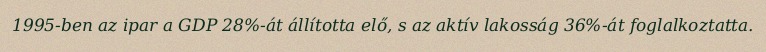
1995-ben az ipar a GDP 28%-át állította elő, s az aktív lakosság 36%-át foglalkoztatta.